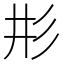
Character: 𢒈